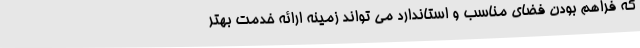
که فراهم بودن فضای مناسب و استاندارد می تواند زمینه ارائه خدمت بهتر